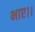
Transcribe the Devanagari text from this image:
भाए।।